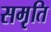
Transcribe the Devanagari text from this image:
सम़ृति